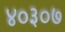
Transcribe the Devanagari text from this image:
४०३०७